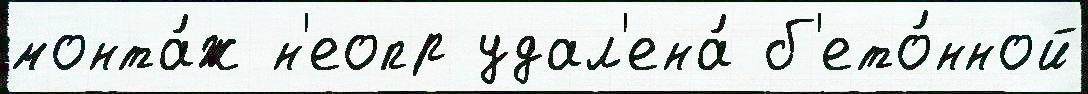
монта́ж н'еопр удал'ена́ б'ето́нной